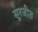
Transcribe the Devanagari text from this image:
सूरजीत